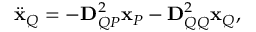
\ddot { \mathbf { x } } _ { Q } = - \mathbf { D } _ { Q P } ^ { 2 } \mathbf { x } _ { P } - \mathbf { D } _ { Q Q } ^ { 2 } \mathbf { x } _ { Q } ,